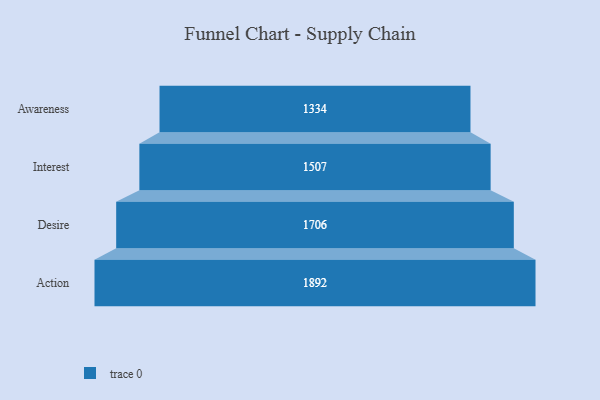
{"axis": {"x": "Stage", "y": "Value"}, "legend": [""], "data": [{"x": "Awareness", "y": 1334.0, "type": ""}, {"x": "Interest", "y": 1507.0, "type": ""}, {"x": "Desire", "y": 1706.0, "type": ""}, {"x": "Action", "y": 1892.0, "type": ""}]}